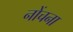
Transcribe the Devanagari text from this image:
नोंचना